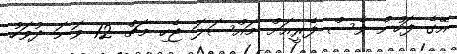
އޭގެ ފަހުން ވެސް ފެރީއަށް މައްސަލަ ޖެހި މާޗް 12 ވަނަ ދުވަހު